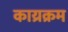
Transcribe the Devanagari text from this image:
काय्रक्रम